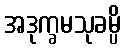
အဒုက္ခမသုခမ္ပိ